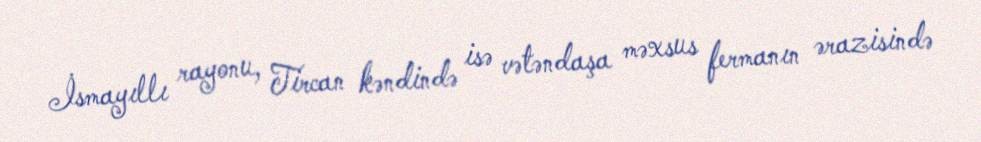
İsmayıllı rayonu, Tircan kəndində isə vətəndaşa məxsus fermanın ərazisində